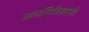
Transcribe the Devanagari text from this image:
अलगिरिसामी